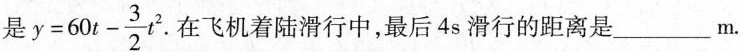
是 $$y=60t- \frac{3}{2}t^{2}$$ .在飞机着陆滑行中，最后4s滑行的距离是___m.